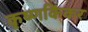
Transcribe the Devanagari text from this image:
कृष्णकिंकर